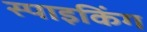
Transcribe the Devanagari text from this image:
स्पाइकिंग